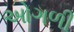
ઓગળી